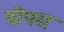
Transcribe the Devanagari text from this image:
पोपस